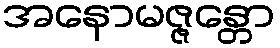
အနောမဇ္ဇန္တော